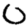
Digit: 0